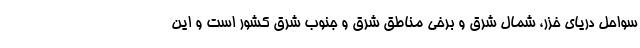
سواحل دریای خزر، شمال شرق و برخی مناطق شرق و جنوب شرق کشور است و این